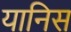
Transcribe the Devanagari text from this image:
यानिस